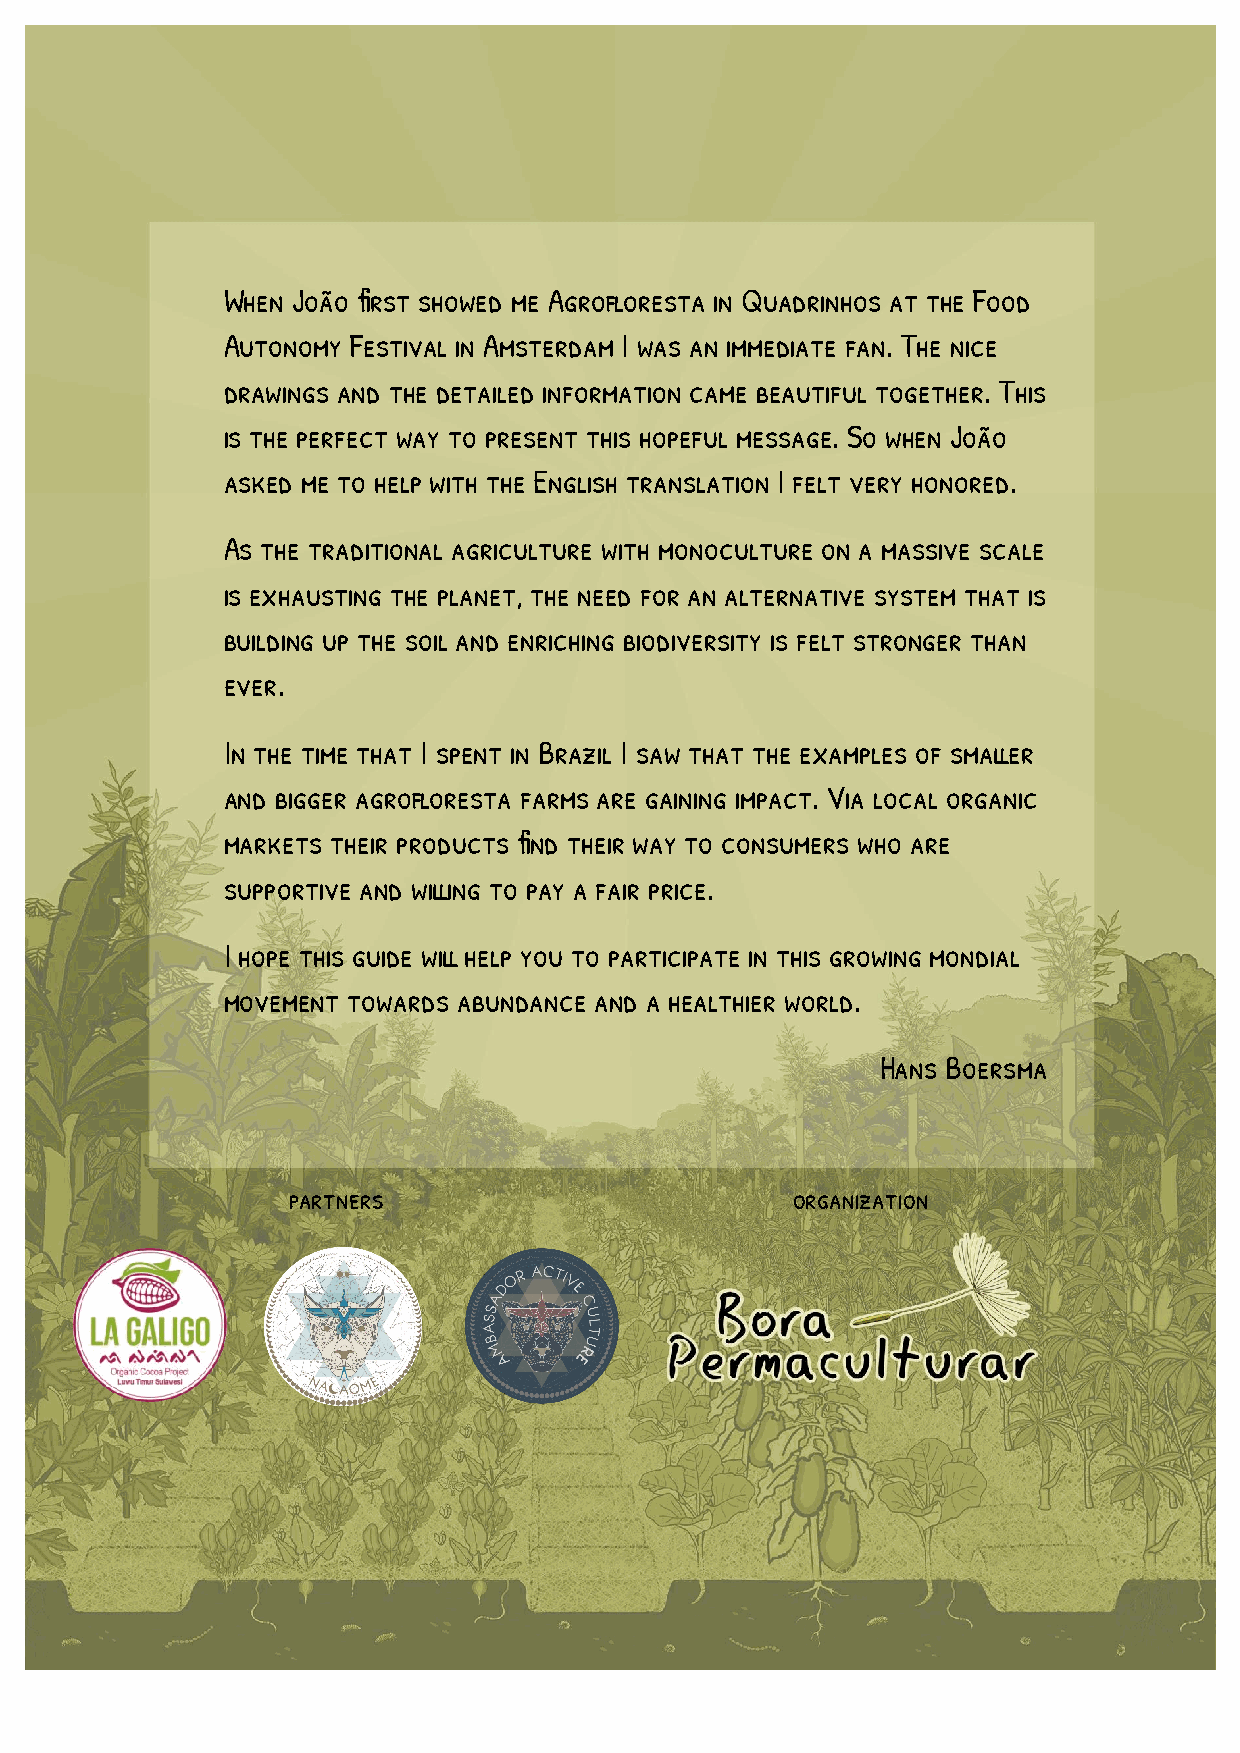
When João first showed me Agrofloresta in Quadrinhos at the Food
 Autonomy Festival in Amsterdam I was an immediate fan. The nice
 drawings and the detailed information came beautiful together. This
 is the perfect way to present this hopeful message. So when João
 asked me to help with the English translation I felt very honored.
 As the traditional agriculture with monoculture on a massive scale
 is exhausting the planet, the need for an alternative system that is
 building up the soil and enriching biodiversity is felt stronger than
 ever.
 In the time that I spent in Brazil I saw that the examples of smaller
 and bigger agrofloresta farms are gaining impact. Via local organic
 markets their products find their way to consumers who are
 supportive and willing to pay a fair price.
 I hope this guide will help you to participate in this growing mondial
 movement towards abundance and a healthier world.
 Hans Boersma
 partners                         organization